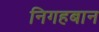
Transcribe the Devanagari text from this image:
निगहबान